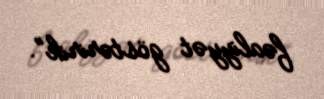
fəaliyyət göstəririk”.